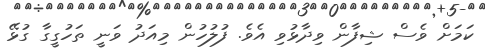
ކަމަށް ވެސް ޝިފާން ވިދާޅުވި އެވެ. ފުލުހުން މިއަދު ވަނީ ތަހުގީގާ ގުޅޭ